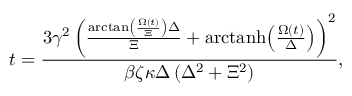
t = \frac { 3 \gamma ^ { 2 } \left( \frac { \arctan \left( \frac { \Omega \left( t \right) } { \Xi } \right) \Delta } { \Xi } + \mathrm { a r c t a n h } \! \left( \frac { \Omega \left( t \right) } { \Delta } \right) \right) ^ { 2 } } { \beta \zeta \kappa \Delta \left( \Delta ^ { 2 } + \Xi ^ { 2 } \right) } ,